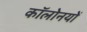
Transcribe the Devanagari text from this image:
कॉलोनयों